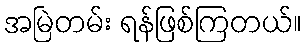
အမြဲတမ်း ရန်ဖြစ်ကြတယ်။